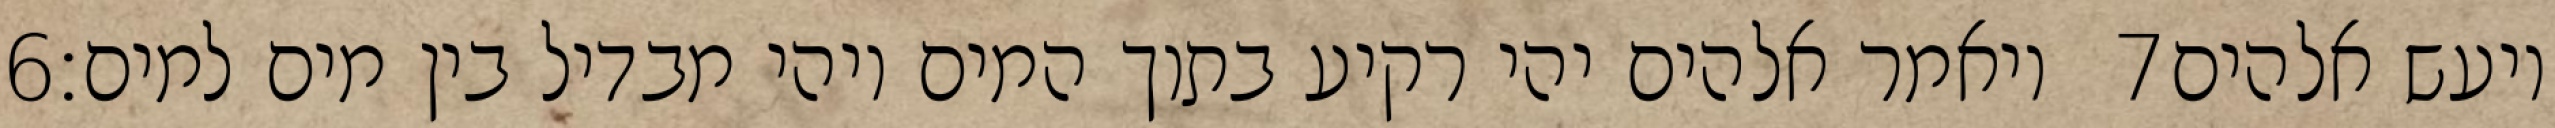
‎6‏ ויאמר אלהים יהי רקיע בתוך המים ויהי מבדיל בין מים למים׃ ‎7‏ ויעש אלהים